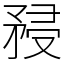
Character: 𥍯